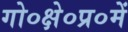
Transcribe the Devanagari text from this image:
गो०क्षे०प्र०में